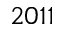
2 0 1 1